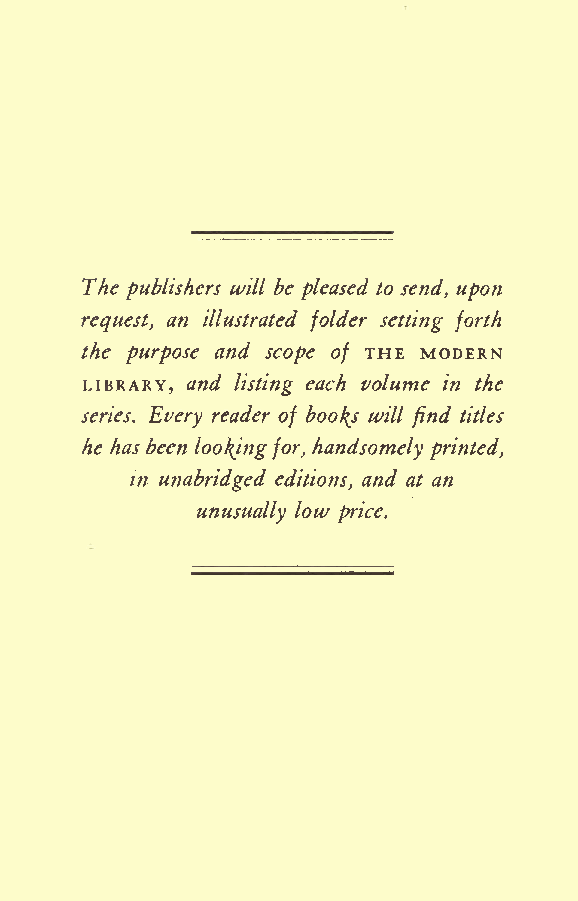
The publishers will be pleased to send, upon
 request, an illustrated folder setting forth
 the purpose and scope of THE MODERN
 LIBRARY, and listing each volume in the
 series. Every reader of booths will find titles
 he has been lookingfor, handsomely printed,
 in unabridged editions, and at an
 low
 unusually price.